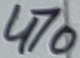
Text: 470